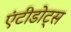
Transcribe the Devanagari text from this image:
एंटीडोट्स